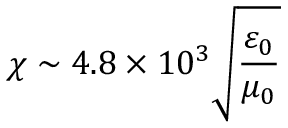
\chi \sim 4 . 8 \times 1 0 ^ { 3 } \sqrt { \frac { \varepsilon _ { 0 } } { \mu _ { 0 } } }